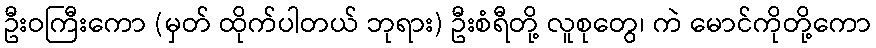
ဦးဝကြီးကော (မှတ် ထိုက်ပါတယ် ဘုရား) ဦးစံရီတို့ လူစုတွေ၊ ကဲ မောင်ကိုတို့ကော